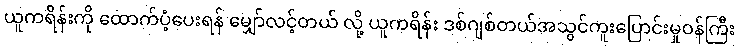
ယူကရိန်းကို ထောက်ပံ့ပေးရန် မျှော်လင့်တယ် လို့ ယူကရိန်း ဒစ်ဂျစ်တယ်အသွင်ကူးပြောင်းမှုဝန်ကြီး